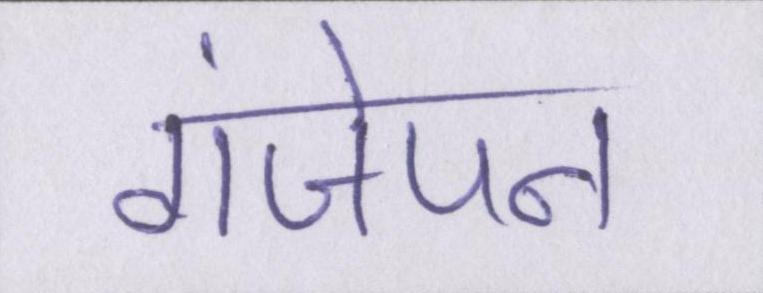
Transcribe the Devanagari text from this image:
गंजेपन